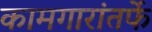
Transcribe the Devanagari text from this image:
कामगारांतर्फे